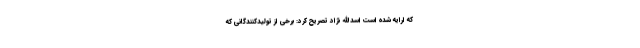
که ارایه شده است اسدالله نژاد تصریح کرد: برخی از تولیدکنندگانی که